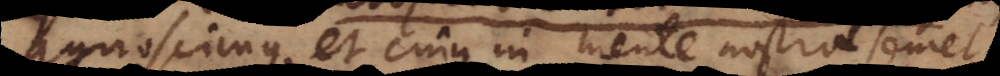
agnoscimus; et cujus in mente nostra semet